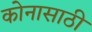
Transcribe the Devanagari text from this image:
कोनासाठी